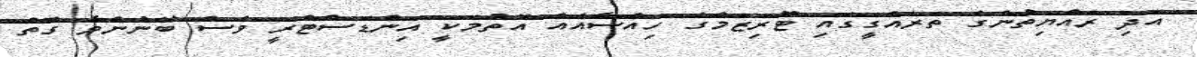
އަދި ރައްޔިތުންގެ ތަރައްގީގައި ޓޫރިޒަމްގެ ހިއްސާއެއް އޮތުމަކީ އިންޑަސްޓްރީ ވެސް ބޭނުންވާ ގޮތް